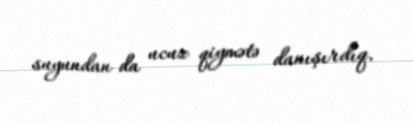
suyundan da ucuz qiymətə danışırdıq.